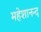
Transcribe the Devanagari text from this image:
महेशानन्द